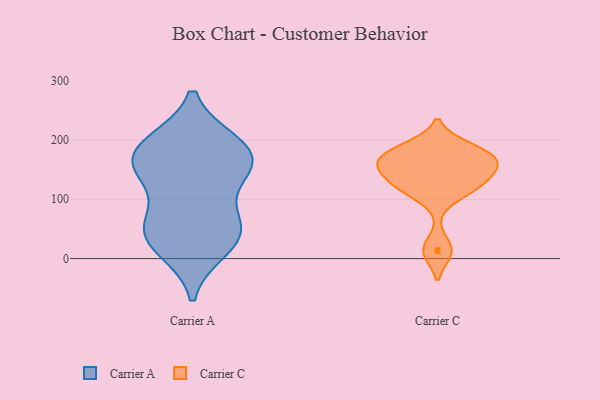
{"axis": {"x": "Customer Acquisition Cost (USD)", "y": "Value"}, "legend": ["Carrier A", "Carrier C"], "data": [{"x": "", "y": 50, "type": "Carrier A"}, {"x": "", "y": 163, "type": "Carrier A"}, {"x": "", "y": 158, "type": "Carrier A"}, {"x": "", "y": 56, "type": "Carrier A"}, {"x": "", "y": 56, "type": "Carrier A"}, {"x": "", "y": 196, "type": "Carrier A"}, {"x": "", "y": 196, "type": "Carrier A"}, {"x": "", "y": 134, "type": "Carrier A"}, {"x": "", "y": 195, "type": "Carrier A"}, {"x": "", "y": 159, "type": "Carrier A"}, {"x": "", "y": 18, "type": "Carrier A"}, {"x": "", "y": 58, "type": "Carrier A"}, {"x": "", "y": 15, "type": "Carrier A"}, {"x": "", "y": 148, "type": "Carrier A"}, {"x": "", "y": 167, "type": "Carrier C"}, {"x": "", "y": 140, "type": "Carrier C"}, {"x": "", "y": 151, "type": "Carrier C"}, {"x": "", "y": 130, "type": "Carrier C"}, {"x": "", "y": 186, "type": "Carrier C"}, {"x": "", "y": 15, "type": "Carrier C"}, {"x": "", "y": 170, "type": "Carrier C"}, {"x": "", "y": 160, "type": "Carrier C"}, {"x": "", "y": 159, "type": "Carrier C"}, {"x": "", "y": 123, "type": "Carrier C"}, {"x": "", "y": 115, "type": "Carrier C"}, {"x": "", "y": 12, "type": "Carrier C"}, {"x": "", "y": 111, "type": "Carrier C"}, {"x": "", "y": 176, "type": "Carrier C"}, {"x": "", "y": 187, "type": "Carrier C"}]}